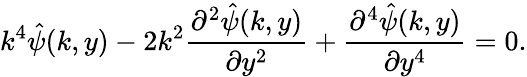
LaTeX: k^{4}\hat{\psi}(k,y)-2k^{2}\frac{\partial^{2}\hat{\psi}(k,y)}{\partial y^{2}}+\frac{\partial^{4}\hat{\psi}(k,y)}{\partial y^{4}}=0.